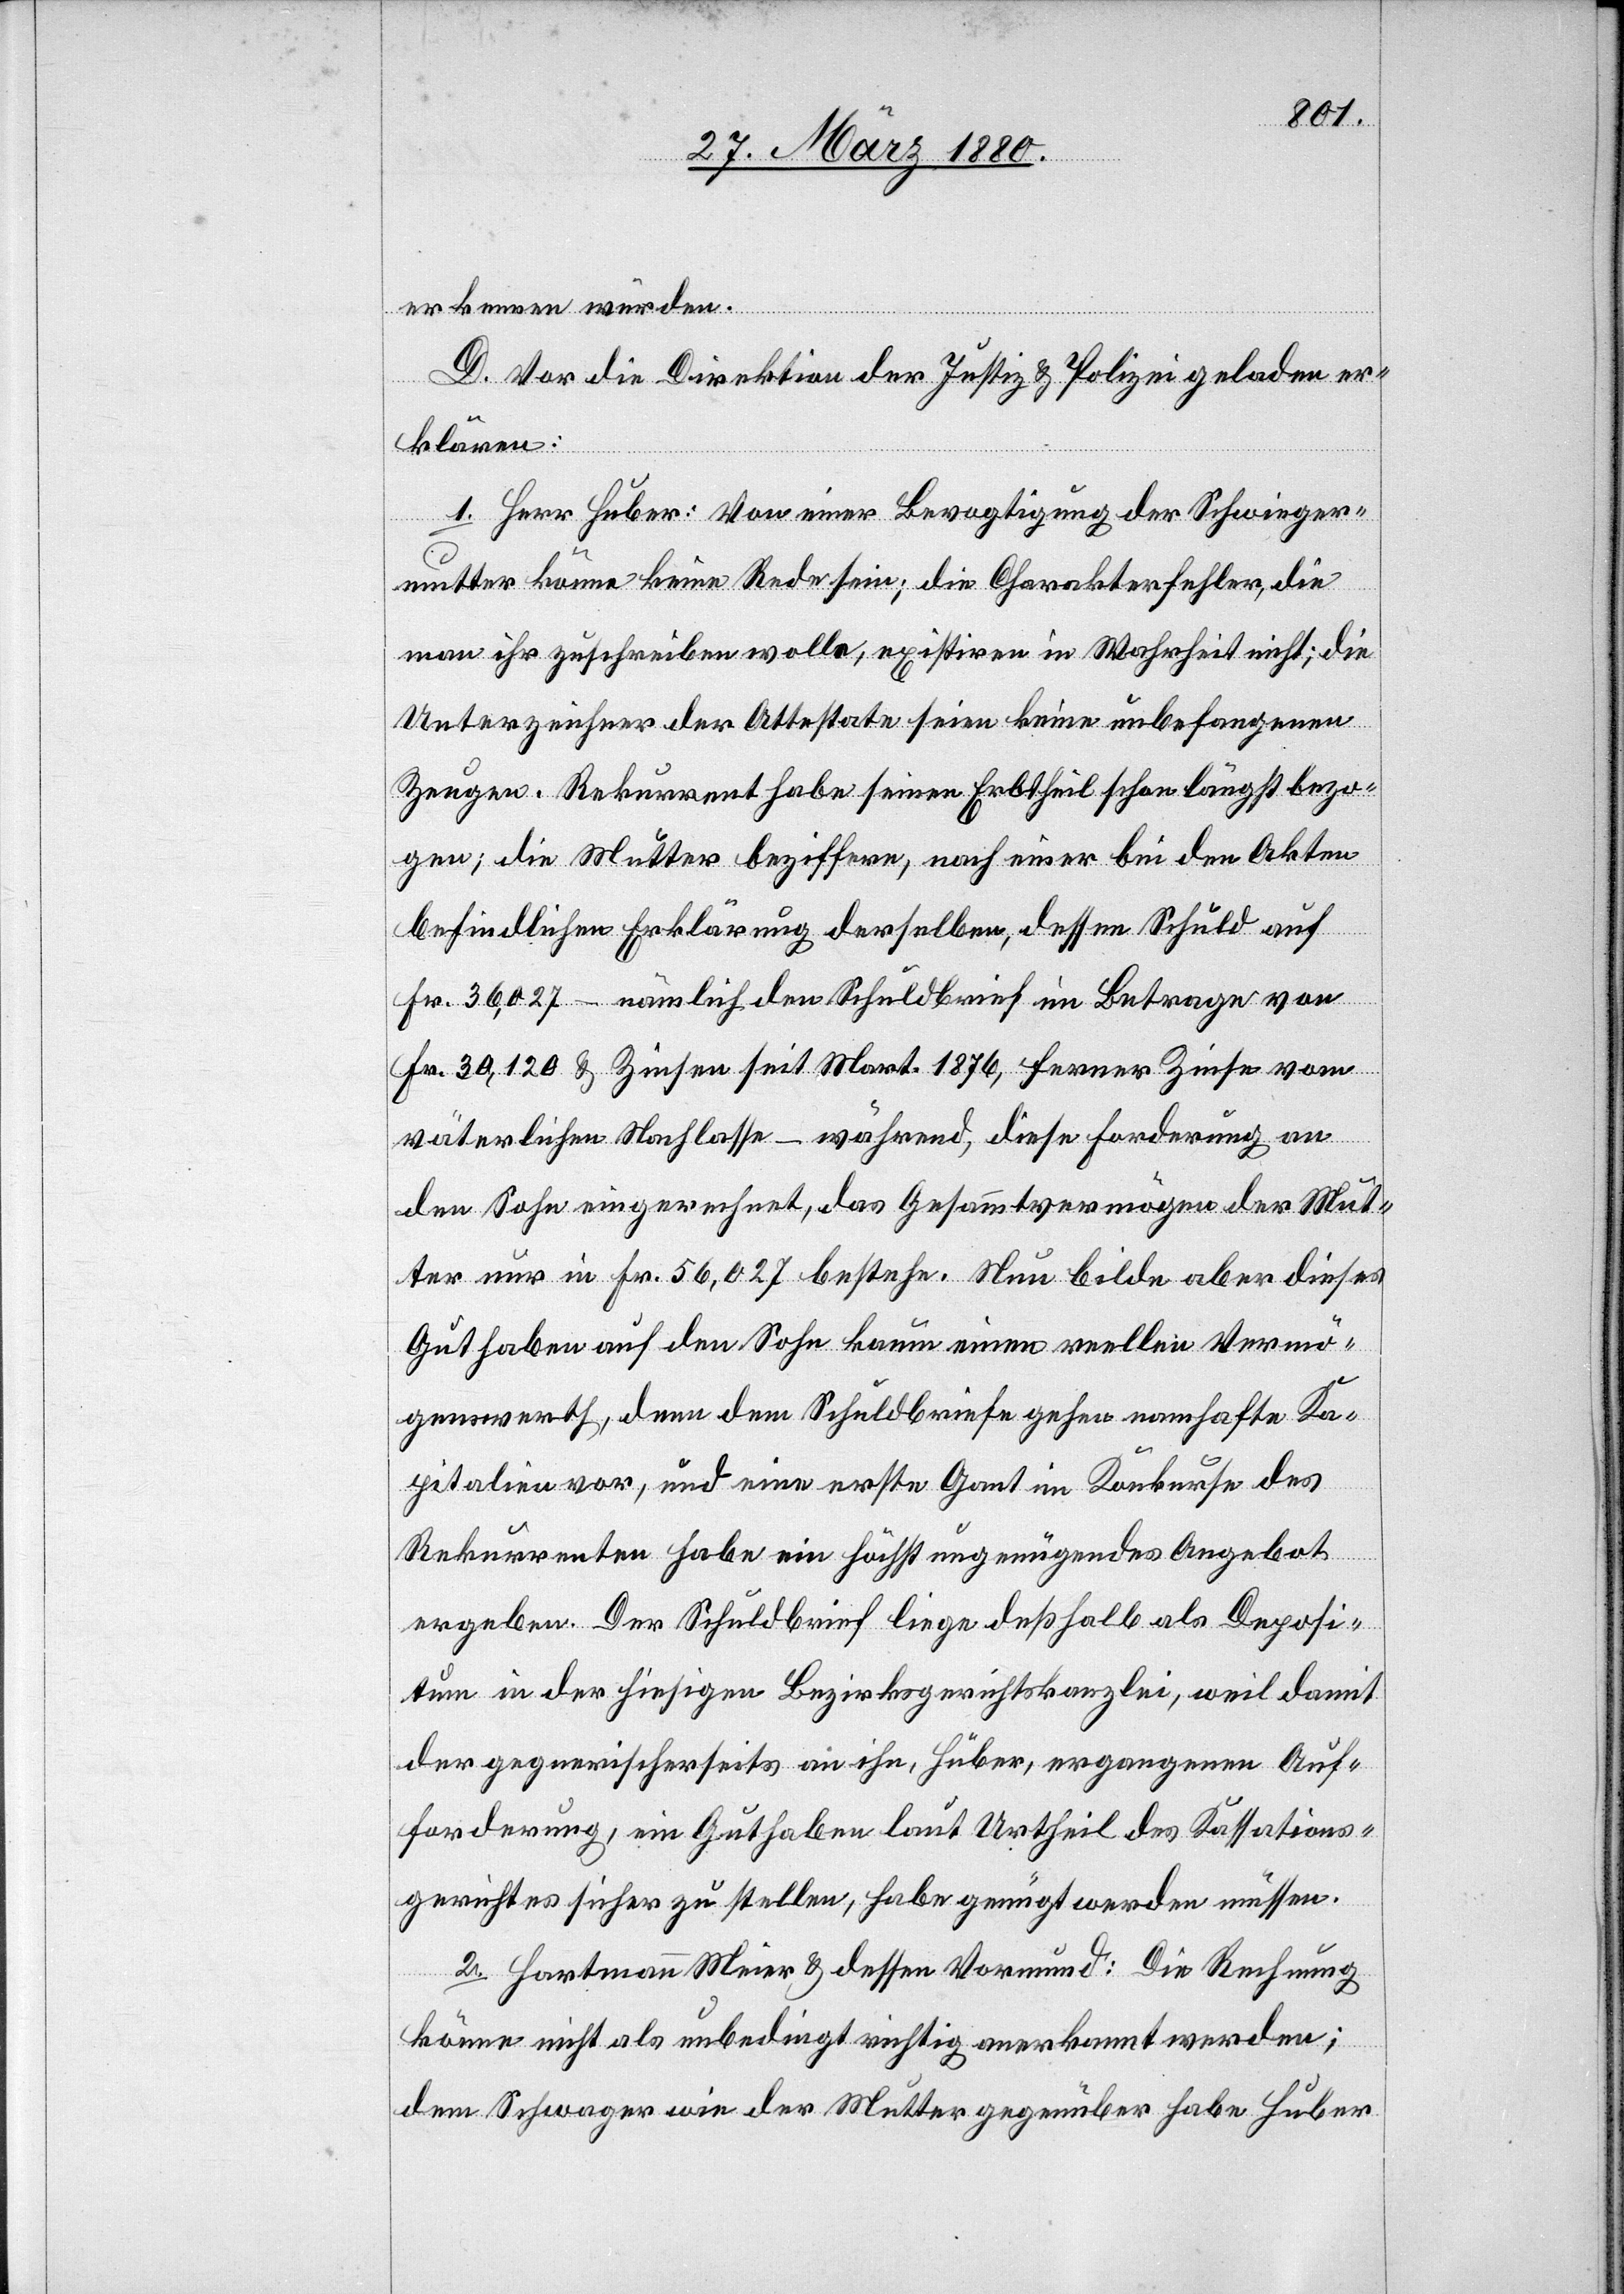
erkennen würden.
D. Vor die Direktion der Justiz & Polizei geladen er¬
klären:
1. Herr Huber: Von einer Bevogtigung der Schwieger¬
mutter könne keine Rede sein; die Charakterfehler, die
man ihr zuschreiben wolle, existiren in Wahrheit nicht; die
Unterzeichner der Attestate seien keine unbefangenen
Zeugen. Rekurrent habe seinen Erbtheil schon längst bezo¬
gen; die Mutter beziffere, nach einer bei den Akten
befindlichen Erklärung derselben, dessen Schuld auf
Fr. 36,027 – nämlich den Schuldbrief im Betrage von
Fr. 30,120 & Zinsen seit Mart. 1876, ferner Zinse vom
väterlichen Nachlasse – während, diese Forderung an
den Sohn eingerechnet, das Gesammtvermögen der Mut¬
ter nur in Fr. 56,027 bestehe. Nun bilde aber dieses
Guthaben auf den Sohn kaum einen reellen Vermö¬
genswerth, denn dem Schuldbriefe gehen namhafte Ka¬
pitalien vor, und eine erste Gant im Konkurse des
Rekurrenten habe ein höchst ungenügendes Angebot
ergeben. Der Schuldbrief liege deßhalb als Deposi¬
tum in der hiesigen Bezirksgerichtskanzlei, weil damit
der gegnerischerseits an ihn, Huber, ergangenen Auf¬
forderung, ein Guthaben laut Urtheil des Kassations¬
gerichtes sicher zu stellen, habe genügt werden müssen.
2. Hartmann Meier & dessen Vormund: Die Rechnung
könne nicht als unbedingt richtig anerkannt werden;
dem Schwager wie der Mutter gegenüber habe Huber